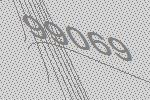
99069